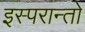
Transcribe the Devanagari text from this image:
इस्परान्तो